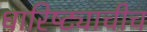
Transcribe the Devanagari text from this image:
धारिष्ट्याचीच